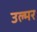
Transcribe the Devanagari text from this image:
उल्मर